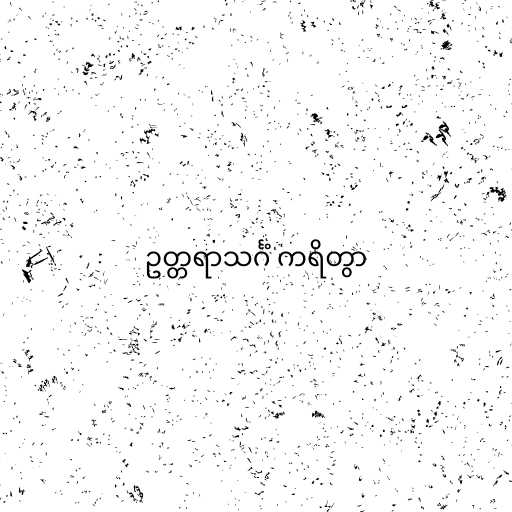
ဥတ္တရာသင်္ဂံ ကရိတွာ